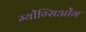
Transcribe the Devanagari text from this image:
म्योंग्सिओंग